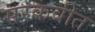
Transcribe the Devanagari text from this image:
सरकवीत